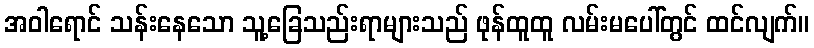
အဝါရောင် သန်းနေသော သူ့ခြေသည်းရာများသည် ဖုန်ထူထူ လမ်းမပေါ်တွင် ထင်လျက်။